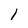
Character: 1